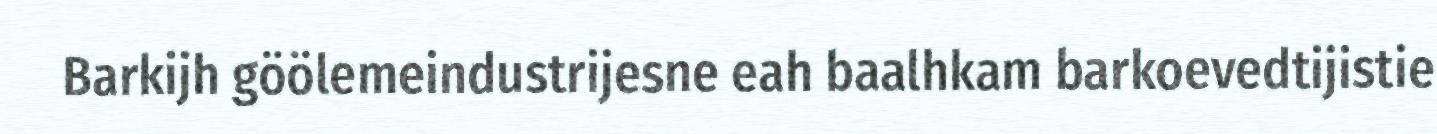
Barkijh göölemeindustrijesne eah baalhkam barkoevedtijistie